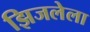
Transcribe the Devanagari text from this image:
झिजलेला